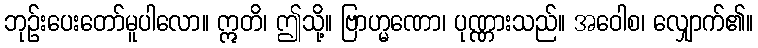
ဘုဉ်းပေးတော်မူပါလော။ ဣတိ၊ ဤသို့။ ဗြာဟ္မဏော၊ ပုဏ္ဏားသည်။ အဝေါစ၊ လျှောက်၏။